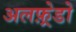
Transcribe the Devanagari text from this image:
अलफ़्रेडो